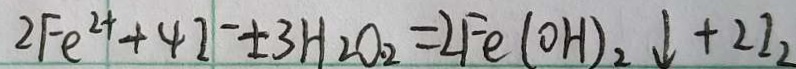
2 F e ^ { 2 + } + 4 I ^ { 2 } + 3 H _ { 2 } O _ { 2 } = 2 F e ( O H ) _ { 2 } \downarrow + 2 I _ { 2 }